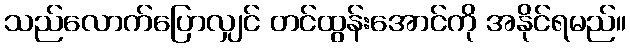
သည်လောက်ပြောလျှင် တင်ထွန်းအောင်ကို အနိုင်ရမည်။